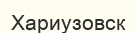
Хариузовск